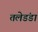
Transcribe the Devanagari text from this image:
तलेडंडा